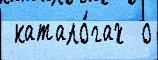
 катало́гах  о